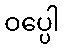
ဝပ္ပေါ